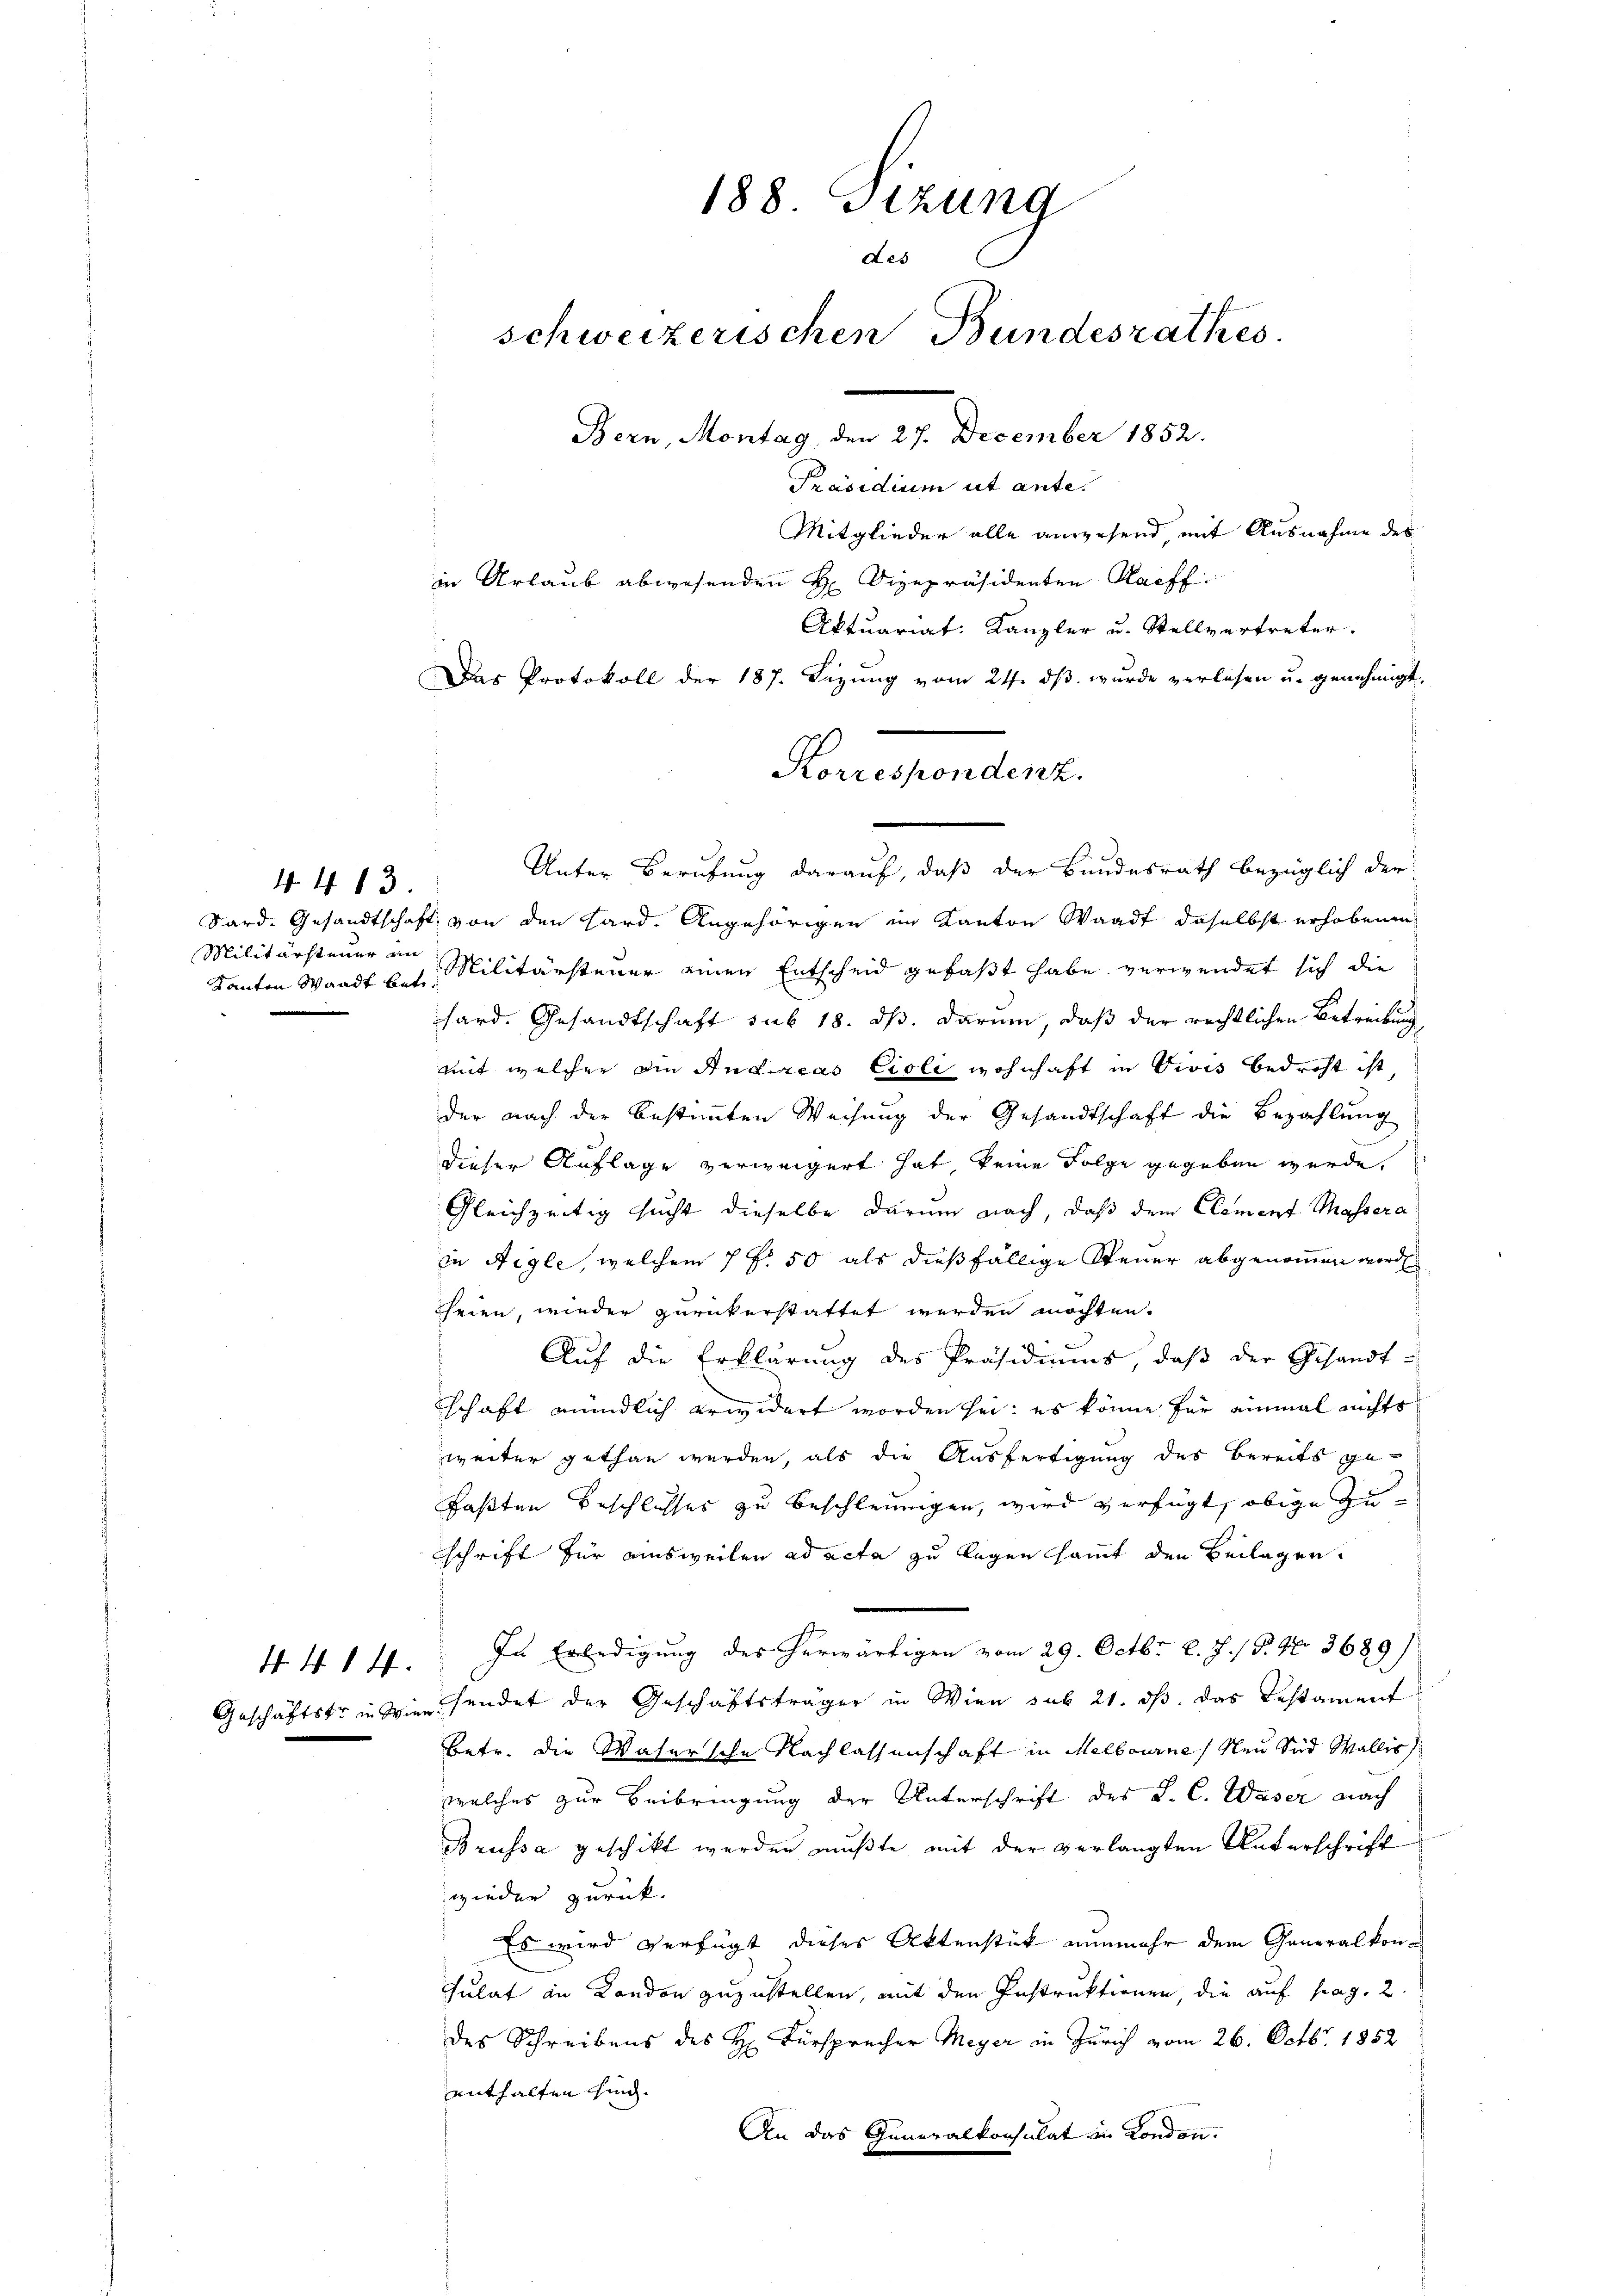
Militärsteuer an
Kanton Waadt betr.

4. 4. 13.

Mitglieder alle anwesend, mit Ausnahme des
in Urlaub abwesenden H. Vizepräsidenten Raff
Aktuariat: Kanzler u. Stellvertreter.
Das Protokoll der 187. Sizung vom 24. dß wurde verlesen u. genehmigt.
Sard. Gesandtschaft von den Hard. Angehörigen im Kanton Waadt daselbst erhobenen
Militärsteuer einen Entscheid gefaßt habe verwendet sich die
hard. Gesandtschaft sub 18. ds. darum, daß der rechtlichen Betreibung
mit welcher die Andreas Cioli wohnhaft in Vivis bedroht ist,
der nach der bestimmten Weisung der Gesandtschaft die Bezahlung
dieser Auflage verweigert hat, keine Folge gegeben werde.
Gleichzeitig sucht dieselbe darum nach, daß dem Clement Massera
in Aigle, welchem 7 f. 50 als dießfällige Steuer abgenommen worde
seien, wieder zurückerstattet werden möchten.
Auf die Erklärung des Präsidiums, daβ der Gesandt-
schaft mündlich erwidert worden sei: es könne für einmal nichts
weiter gethan werden, als die Ausfertigung des Bereits gefaßten Beschlusses zu beschleunigen, wird verfügt, obige Zuschrift für einsweilen ad acta zu legen samt den Beilagen.
In Erledigung des erwärtigen vom 29. Octbr. l. J. 18. No 3689/
Geschäftstrinzinsendet der Geschäftsträger in Wien sub 21. ds. das Testament
betr. die Wasersche Nachlassenschaft in Melbourne / Neu Sid Wallis
welches zur Beibringung der Unterschrift des P. C. Waser nach
Bruissa geschikt werden mußte mit der verlangten Unterschrift
wieder zurück.
Es wird verfügt dieses Aktenstück nunmehr dem Generalkonsulat an London zuzustellen, mit den Instruktionen, die auf pag. 2
des Schreibens des H. Fürsprecher Meyer in Zürich vom 26. Octbr. 1852
enthalten sind.
An das Generalkonsulat in London.

4. 4. 14.

188. Sizung
des
schweizerischen Bundesrathes.
Bern, Montag, den 27. December 1852.
Präsidium ut ante.

Korrespondenz.
.
Unter Berufung darauf, daß der Bundesrath bezüglich der